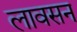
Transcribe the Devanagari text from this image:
लावसन